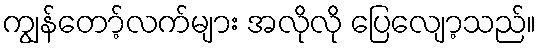
ကျွန်တော့်လက်များ အလိုလို ပြေလျော့သည်။